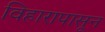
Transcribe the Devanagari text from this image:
विहारापासून